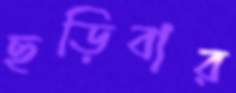
ছড়িবার